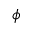
\phi